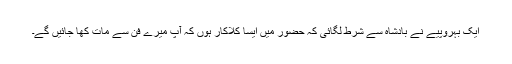
ایک بہروپیے نے بادشاہ سے شرط لگائی کہ حضور میں ایسا کلاکار ہوں کہ آپ میرے فن سے مات کھا جائیں گے۔